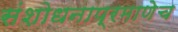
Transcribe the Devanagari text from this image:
संशोधनाप्रमाणेच